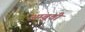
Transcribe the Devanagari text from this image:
अम्बूची